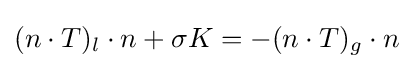
(n\cdot T)_{l}\cdot n+\sigma K=-(n\cdot T)_{g}\cdot n